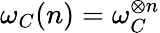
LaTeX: \omega_{C}(n)=\omega_{C}^{\otimes n}